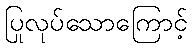
ပြုလုပ်သောကြောင့်